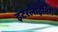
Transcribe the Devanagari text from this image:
इंटरलाइनिंग